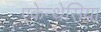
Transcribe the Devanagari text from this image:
एकेन्थेसिया